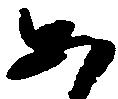
あ